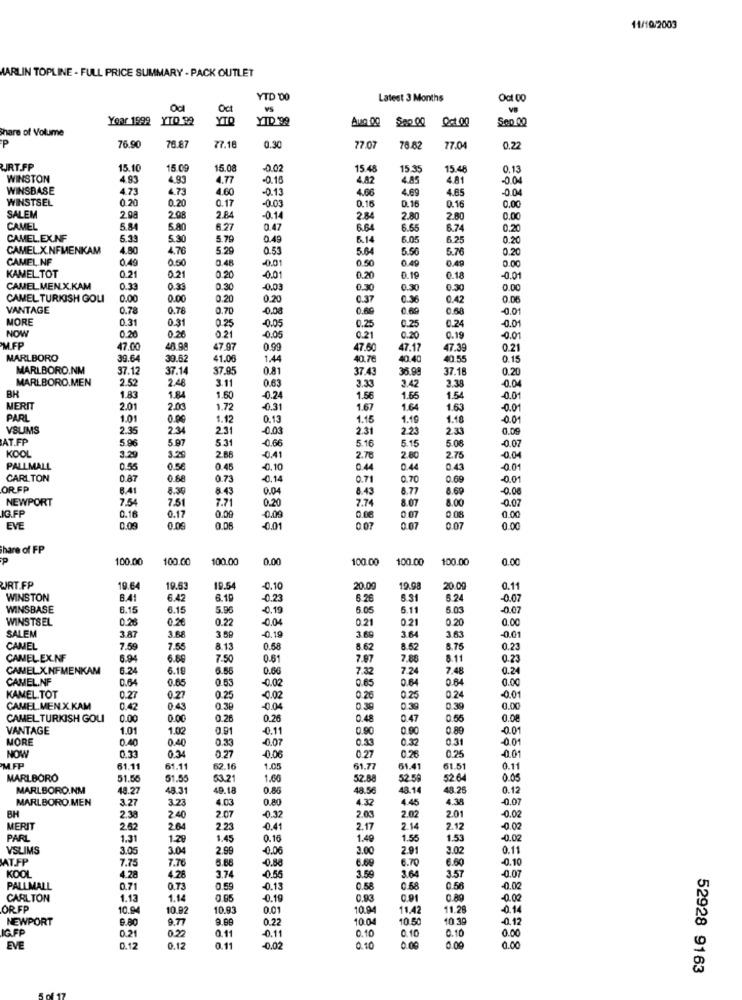
11/10/2003
MARLIN TOPLINE - FULL PRICE SUMMARY - PACK OUTLET
YTD 00
Latest 3 Months
Oct 00
Oct
vs
VB
Year 1999 YTD 92
YTO
YID '92
Aug 00
0-100
Sep 00
Share of Volume
P
78.81
76.90
77.18
0.30
77.07
76.82
77.0
0.22
JRT.FP
15.10
15 0
15.08
-0.02
15.48
15.35
15.48
0.13
WINSTON
4.93
4.93
4.77
-0.15
4.82
4.85
4.81
-0.04
WINSBASE
4.73
4.73
4.60
-0.13
4.66
4.69
4.65
-0.04
WINSTSEL
0.20
0.20
-0.03
0.16
0.17
0.16
0.16
0.00
SALEM
2.08
2.98
2.84
-0.14
2.84
2.80
2.80
0.00
CAMEL
5.84
5.80
6.27
0.47
664
6.65
6.74
0.20
CAMEL.EX.NF
5.33
5.30
5.79
0.49
6.14
6.05
6.25
0.20
CAMEL.X.NFMENKAM
4.80
4.76
5.29
0.53
5.64
5.50
5.76
0.20
CAMEL.NF
0.49
0.50
0.48
-0.01
0.50
0.49
0.49
0.00
KAMEL TOT
0.21
0.21
0.20
-0.01
0.20
0.19
0.18
-0.01
CAMEL.MEN.X.KAM
0.33
0.33
0.30
-0.03
0.30
0.30
0.00
CAMEL TURKISH GOLI
0.00
0.00
0.20
0.20
0.37
0.36
0.42
0.06
VANTAGE
0.78
0.76
0.70
-0.08
0.60
0.69
0.68
MORE
0.31
0.31
0.25
-0.05
0.24
-0.01
NOW
0.20
0.26
0.21
0.25
0.25
-0.05
0.21
0.20
0.19
-0.01
MFP
47.00
48.90
47.97
0.99
47.60
47.17
47.39
0.21
MARLBORO
39.64
39.67
41.06
1.44
40.76
40.40
40.55
0.15
MARLBORO.NM
37.12
37.14
37.95
0.81
37.43
36.9
37.1
0.20
MARLBORO.MEN
2.52
2.48
3.11
0.63
3.33
2.38
BH
3.42
-0.04
1.83
1.84
1.50
-0.24
1.56
1.65
1.54
0.01
MERT
2.01
2.03
1.72
0.31
1.67
1.64
1.63
-0.01
PARL
1.01
0.00
1.12
0.13
1.15
1.4
1.18
-0.01
VSLIMS
2.35
2.34
2.31
-0.03
2.31
223
2.33
0.09
AT.FP
5.96
5.97
5.31
5.16
6.15
5.08
-0.07
KOOL
0.66
3.29
3.29
2.88
-0.41
2.78
2.80
2.75
-0.04
PALLMALL
0.55
0.58
0.45
0.10
0.44
0.44
0.43
-0.01
CARLTON
0.87
0.68
0.73
-0.14
0.71
0.70
0.69
-0.01
OR.FR
6.41
8.39
8.43
0.04
8.43
8.77
8.69
-0.00
NEWPORT
7.54
7.51
7.71
0.20
7.74
8.07
8.00
-0.07
JG.FP
0.17
0.16
0.00
0.09
0.08
0.07
0.08
0.00
EVE
0.09
0.09
0.06
0.01
0.07
0.07
0.07
0.00
Share of FP
P
100.00
100.00
100.00
0.00
100.00
100.00
100.00
0.00
JRT.FP
19.64
19.63
19.54
-0.10
20.00
19.9
20.0
0.11
WINSTON
6.41
6.42
6.10
-0.23
6.26
5.31
5.24
-0.07
WINSBASE
6.15
6.15
5.96
0.19
5.05
5.11
5.03
-0.07
WINSTSEL
0.28
0.28
0.22
-0.04
0.21
0.21
0.20
0.00
SALEM
3.68
-0.19
3.87
3.69
3.64
3.63
-0.01
CAMEL
7.59
7.55
8.13
0.68
8.62
8.52
8.75
0.23
CAMELEX.NF
6.94
6.60
7.50
0.61
7.97
7,88
8.11
0.23
CAMEL.X.NFMENKAM
6.24
6.19
6.56
0.66
7.32
7.24
7,48
0.24
CAMEL.NF
0.64
0.65
0.53
-0.02
0.65
0.64
0.64
0.00
KAMEL TOT
0.27
0.27
0.25
-0.02
0.26
0.25
0.24
-0.01
CAMEL.MEN.X.KAM
0.42
0.4
0.39
-0.04
0.39
0.3
0.39
0.00
CAMEL TURKISH GOLI
0.00
0.00
0.26
0.26
0.48
0.47
0.55
0.08
VANTAGE
1.01
1.02
0.91
-0.11
0.90
0.90
0.89
-0.01
MORE
0.40
0.40
0.33
0.07
0.33
0.33
0.31
0.01
0.34
0.27
NOW
0.33
0.06
0.27
0.26
0.25
-0.01
MFP
61.11
61.11
62.16
1.05
61.77
61.41
61.51
0.11
MARLBORO
51.56
51.55
53.21
1.60
52.88
52.59
52 64
0.05
MARLBORO.NM
48.27
48.31
49.18
0.86
48.56
48.14
48.26
0.12
MARLBORO.MEN
3.27
3.2
4.03
0.80
4.32
4.45
4.38
-0.07
BH
-0.02
2.30
2.40
2.07
-0.32
2.03
2.02
2.01
MERIT
2.62
2.64
2.23
-0.41
2.17
2.14
2.12
-0.02
PARL
1.31
1.2
1.45
0.16
1.49
1.55
1.53
-0.02
VSLIMS
3.05
2.99
-0.06
3.00
2.91
3.02
0.11
AT.FP
7.76
5.68
-0.88
6.00
6.70
6.60
-0.10
7.75
KOOL
4.28
4.28
3.74
-0.55
3.59
3.64
3.57
-0.07
PALLMALL
0.71
0.73
0.59
-0.13
0.58
0.68
0.56
-0.02
CARLTON
1.13
1.12
0.65
-0.19
0.93
0.91
0.80
-0.02
OR FP
10.04
10.92
10.93
0.01
10.04
11.42
11.28
-0.14
NEWPORT
9.80
9.77
9.99
0.22
10.04
10.50
10 39
-0.12
IG FP
0.21
0.10
0.10
0.00
0.11
-0.11
0.10
EVE
0.12
0.12
0.11
0.02
0.10
0.00
0.00
0.00
52928 9163